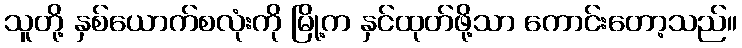
သူတို့ နှစ်ယောက်စလုံးကို မြို့က နှင်ထုတ်ဖို့သာ ကောင်းတော့သည်။